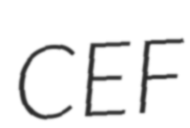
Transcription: CEF